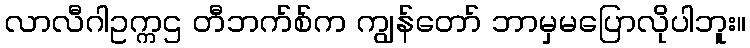
လာလီဂါဥက္ကဌ တီဘက်စ်က ကျွန်တော် ဘာမှမပြောလိုပါဘူး။